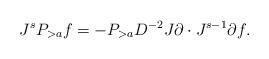
LaTeX: \begin{align*}J^s P_{>a} f= -P_{>a} D^{-2} J \partial \cdot J^{s-1} \partial f.\end{align*}